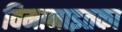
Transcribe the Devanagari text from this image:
विमानाइतका